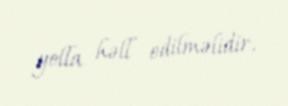
yolla həll edilməlidir.